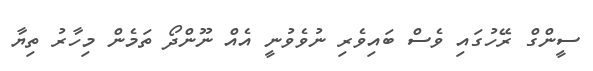
ސީންގް ރޭހުގައި ވެސް ބައިވެރި ނުވެވުނީ އެއް ނޫންދޯ ތަމެން މިހާރު ތިޔާ